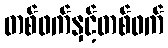
တစ်ဖက်နှင့်တစ်ဖက်